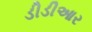
ડીડીઆર